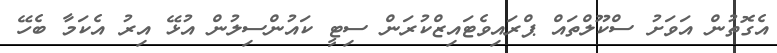
އެގޮތުން އަވަށު ސްކޫލްތައް ޕްރައިވެޓައިޒްކުރަން ސިޓީ ކައުންސިލުން އުޅޭ އިރު އެކަމާ ބެހޭ